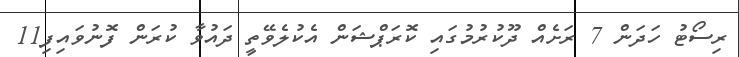
ރިސޯޓު ހަދަން 7 ރަށެއް ދޫކުރުމުގައި ކޮރަޕްޝަން އެކުލެވޭތީ ދައުވާ ކުރަން ފޮނުވައިފި11